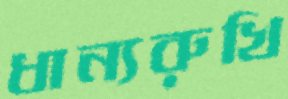
ধান্যরুখি